Lunatic asylums in Bengal annual reports 1912-1924 - 1912-1924
Year: 1912
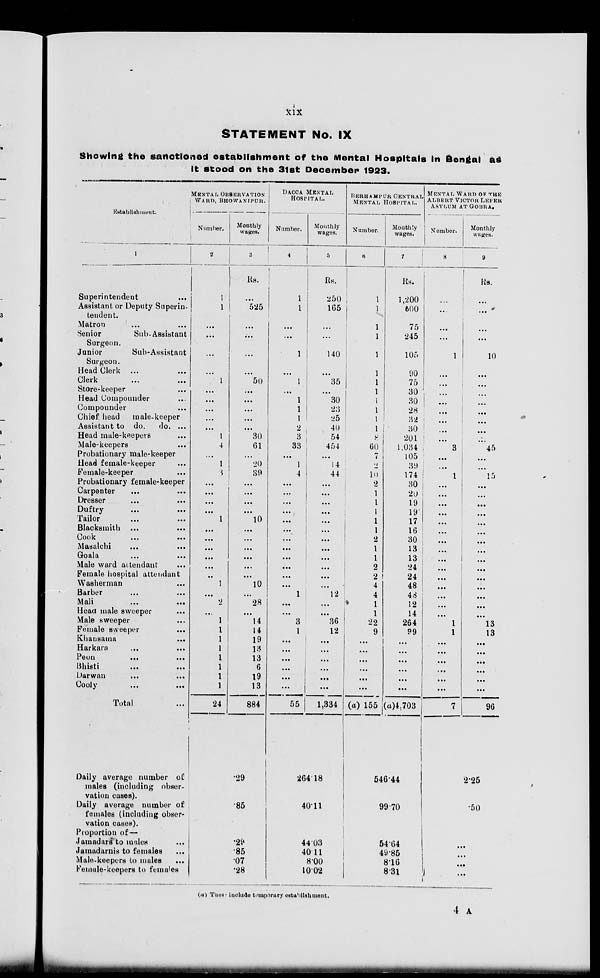
xix
STATEMENT No. IX
Showing the sanctioned establishment of the Mental Hospitals in Bengal as
it stood on the 31st December 1923.
Establishment.
1
Superintendent ...
Assistant or Deputy Superin-
tendent.
Matron ... ...
Senior
Sub-Assistant
Surgeon.
Junior
Sub-Assistant
Surgeon.
Head Clerk ... ...
Clerk ... ...
Store-keeper ...
Head Compounder ...
Compounder ...
Chief head
male-keeper
Assistant to do.
do. ...
Head male-keepers ...
Male-keepers ...
Probationary male-keeper
Head female-keeper ...
Female-keeper ...
Probationary female-keeper
Carpenter ... ...
Dresser ... ...
Duftry ... ...
Tailor ... ...
Blacksmith ... ...
Cook ... ...
Masalchi ... ...
Goala ... ...
Male ward attendant ...
Female hospital attendant
Washerman ...
Barber ... ...
Mali ... ...
Head male sweeper ...
Male sweeper ...
Female sweeper ...
Khausama ...
Harkara ... ...
Peon
...
...
Bhisti ... ...
Darwan ... ...
Cooly ... ...
Total ...
MENTAL OBSERVATION
WARD, BHOWANIPUR.
Number.
2
1
1
...
...
...
...
1
...
...
...
...
...
1
4
...
1
3
...
...
...
...
1
...
...
...
...
...
...
1
...
2
...
1
1
1
1
1
1
1
1
24
Monthly
wages.
3
Rs.
...
525
...
...
...
...
50
...
...
...
...
...
30
61
...
20
39
...
...
...
...
10
...
...
...
...
...
...
10
...
28
...
14
14
19
13
13
6
19
13
884
DACCA MENTAL
HOSPITAL.
Number.
4
1
1
...
...
1
...
1
...
1
1
1
2
3
33
...
1
4
...
...
...
...
...
...
...
...
...
...
...
...
1
...
...
3
1
...
...
...
...
...
...
55
Monthly
wages.
5
Rs.
250
165
...
...
140
...
35
...
30
23
25
40
54
454
...
14
44
...
...
...
...
...
...
...
...
...
...
...
...
12
...
...
36
12
...
...
...
...
...
...
1,334
BERHAMPUR CENTRAL
MENTAL HOSPITAL.
Number.
6
1
1
1
1
1
1
1
1
1
1
1
1
8
60
7
2
10
2
1
1
1
1
1
2
1
1
2
2
4
4
1
1
22
9
...
...
...
...
...
...
(a) 155
Monthly
wages.
7
Rs.
1,200
600
75
245
105
90
75
30
30
28
32
30
201
1,034
105
39
174
30
20
19
19
17
16
30
13
13
24
24
48
48
12
14
264
99
...
...
...
...
...
...
(a)4,703
MENTAL WARD OF THE
ALBERT VICTOR LEPER
ASYLUM AT GOBRA.
Number.
8
...
...
...
...
1
...
...
...
...
...
...
...
...
3
...
...
1
...
...
...
...
...
...
...
...
...
...
...
...
...
...
...
1
1
...
...
...
...
...
...
7
Monthly
wages.
9
Rs.
...
...
...
...
10
...
...
...
...
...
...
...
...
45
...
...
15
...
...
...
...
...
...
...
...
...
...
...
...
...
...
...
13
13
...
...
...
...
...
...
96
Daily average number of
males (including obser-
vation cases).
Daily average number of
females (including obser-
vation cases).
Proportion of—
Jamadars to males ...
Jamadarnis to females ...
Male-keepers to males ...
Female-keepers to females
.29
85
.29
.85
.07
.28
264.18
40.11
44.03
40.11
8.00
10.02
546.44
99.70
54.64
49.85
8.16
8.31
2.25
50
...
...
...
...
(a) These include temporary establishment.
4 A